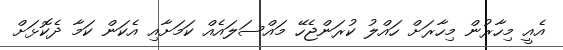
އެއީ މިހާރުން މިހާރަށް ހައްލު ކުރަންޖެހޭ މައްސަލައެއް ކަމަށާއި އެކަން ކަމާ ދެކޮޅަށް